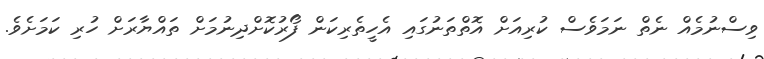
ވިސްނުމެއް ނެތް ނަމަވެސް ކުރިއަށް އޮތްތަނުގައި އެހީތެރިކަން ފޯރުކޮށްދިނުމަށް ތައްޔާރަށް ހުރި ކަމަށެވެ.